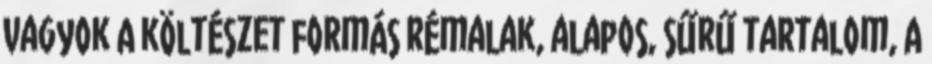
vagyok A költészet formás rémalak, alapos, sűrű tartalom, A